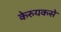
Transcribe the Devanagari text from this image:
केरुयकसे